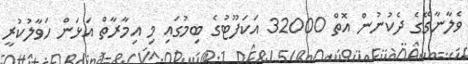
ވެލާނާގޭގެ ދެކުނުން އޮތް 32000 އަކަފޫޓުގެ ބިމުގައި މި އިމާރާތް އަޅަން ހަވާލުކުރީ